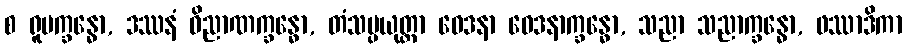
စ ရူပက္ခန္ဓော, ဒဿနံ ဝိညာဏက္ခန္ဓော, တံသမ္ပယုတ္တာ ဝေဒနာ ဝေဒနာက္ခန္ဓော, သညာ သညာက္ခန္ဓော, ဖဿာဒိကာ